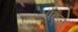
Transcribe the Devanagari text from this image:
पेंट्ज़